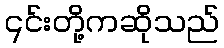
၎င်းတို့ကဆိုသည်